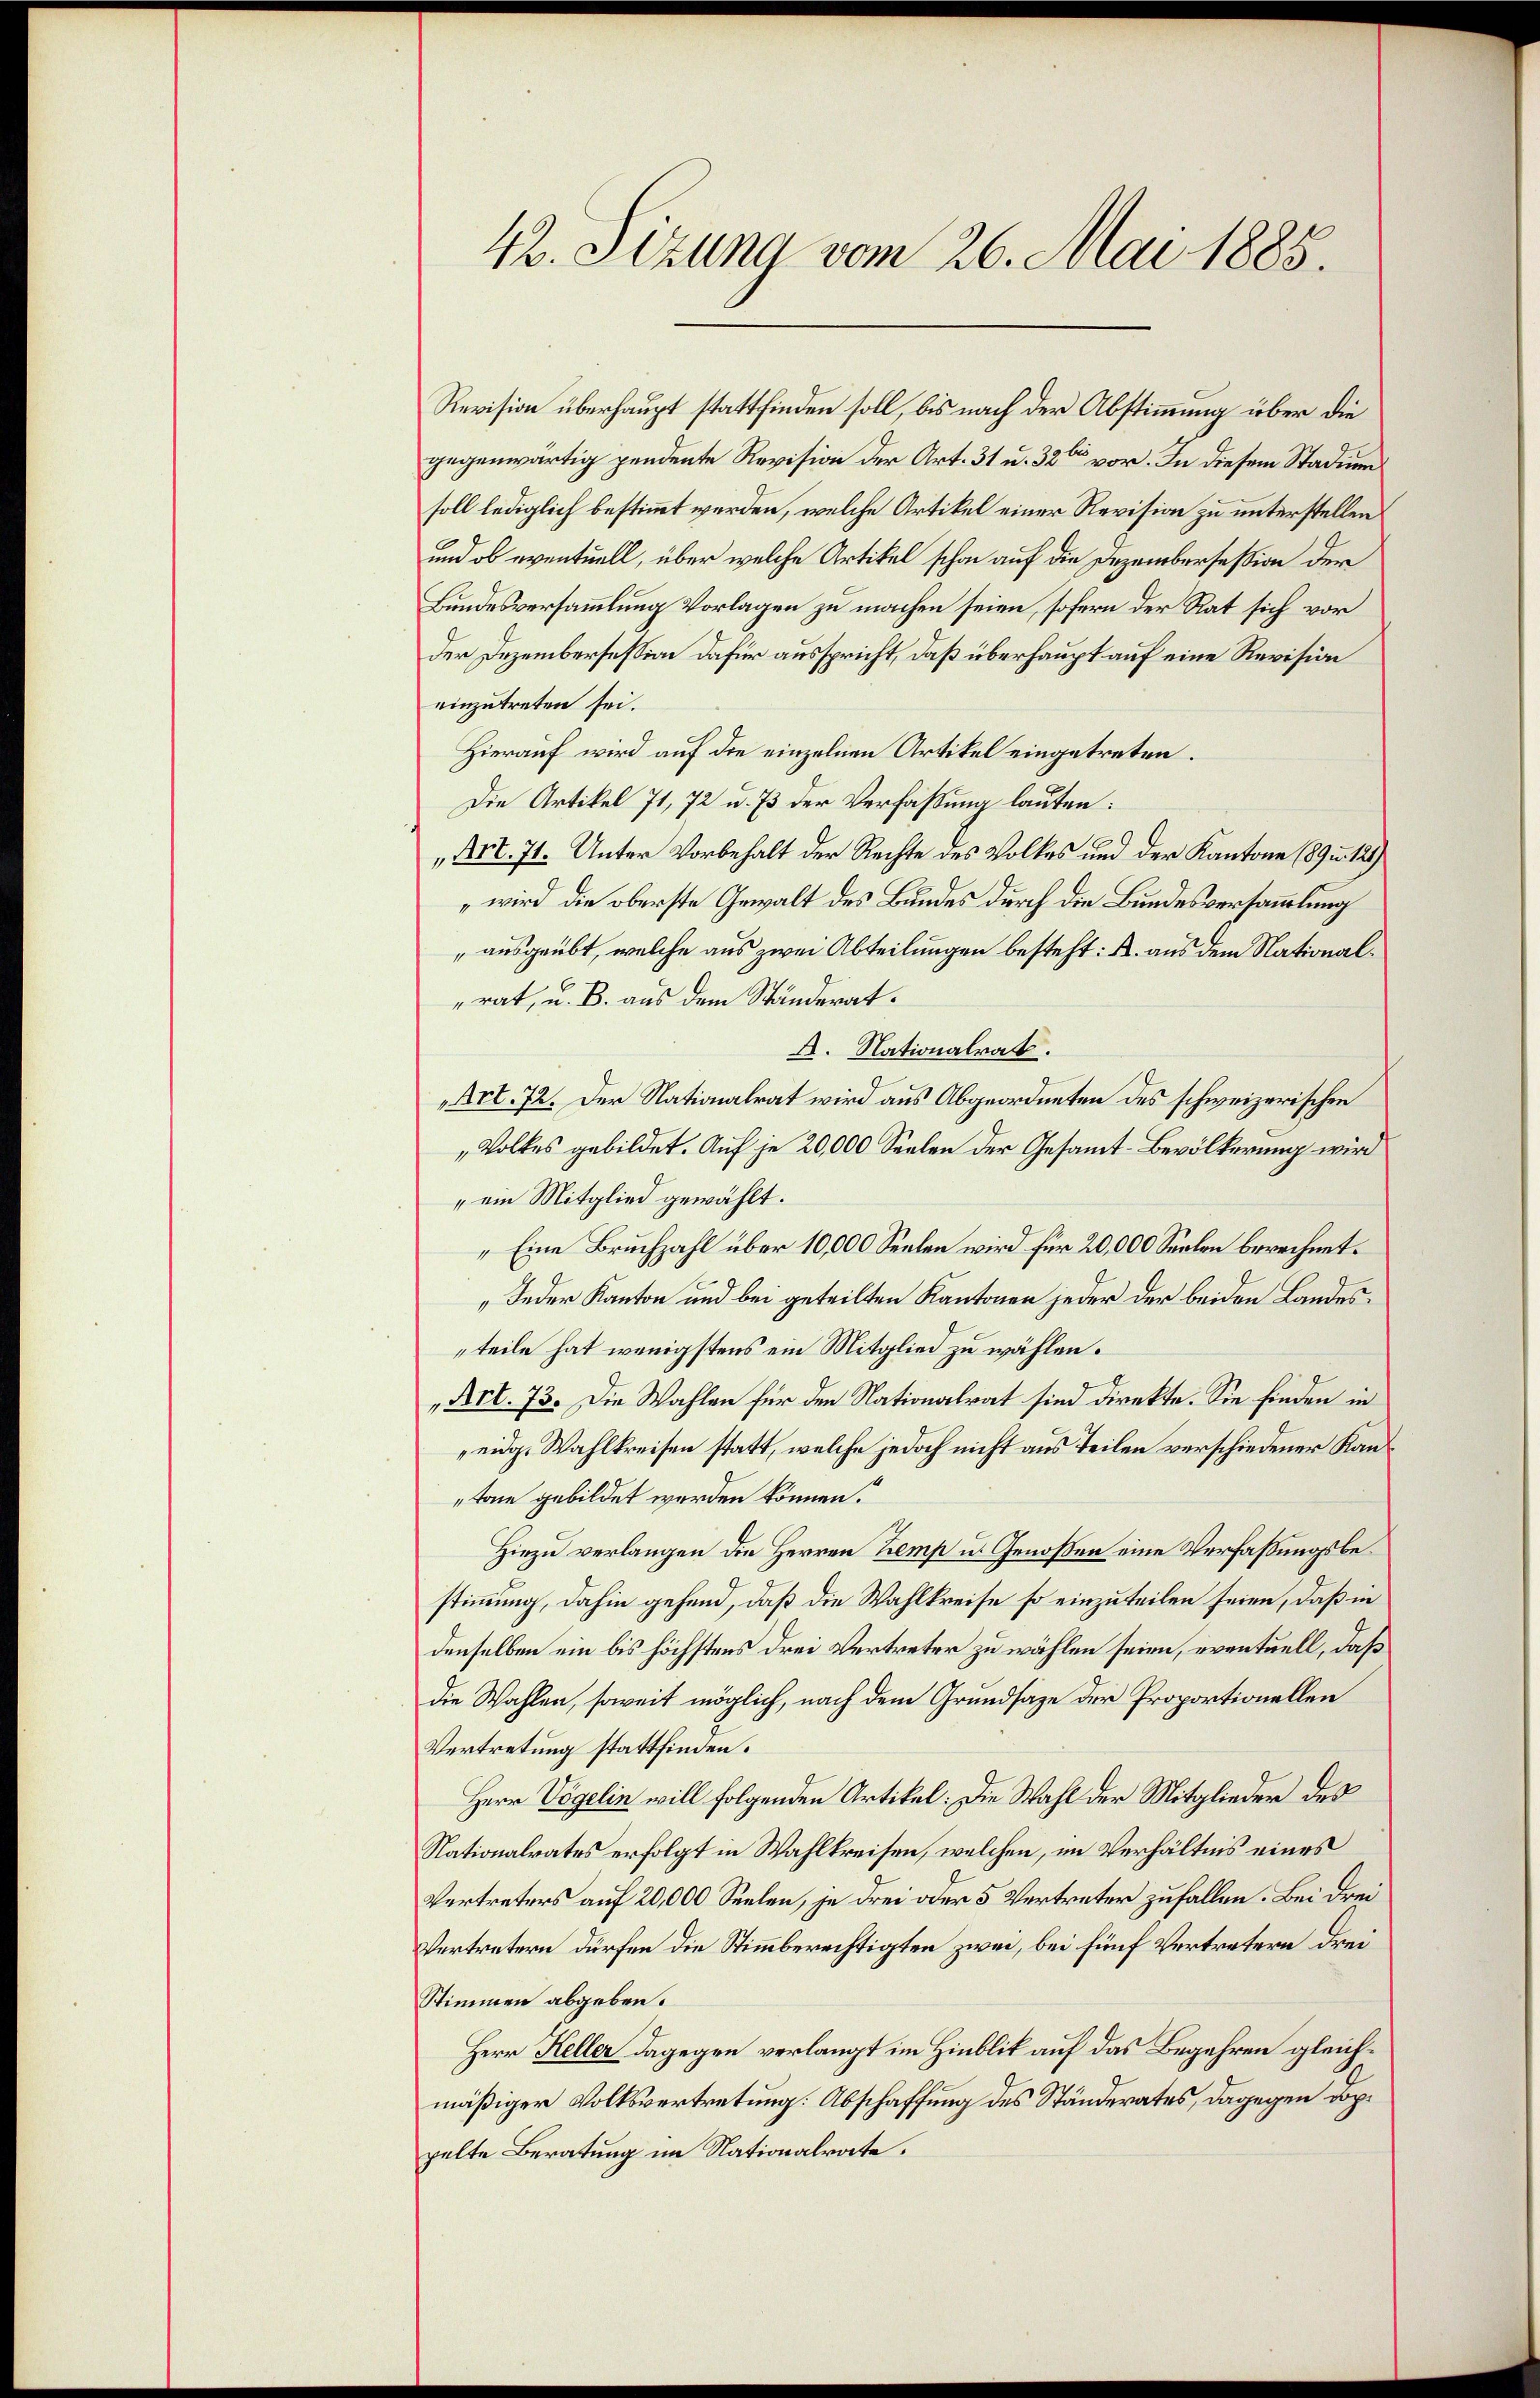
42. Sizung vom 26. Mai 1885.

Revision überhaupt stattfinden soll, bis nach der Abstimmung über die
gegenwärtig pendente Revision der Art. 31 u. 326 vor. In diesem Stadiensoll lediglich bestimmt werden, welche Artikel einer Revision zu unterstellen
und ob eventuell, über welche Artikel schon auf die Dezembersession der
Bundesversammlung Vorlagen zu machen seien, sofern der Rat sich vor
der Dezembersession dafür ausspricht, daß überhaupt auf eine Revision
einzutreten sei.
Hierauf wird auf die einzelnen Artikel eingetreten.
Die Artikel 71, 72 u. 73 der Verfassung lauten:
„Art. 71. Unter Vorbehalt der Rechte des Volkes und der Kantone 189 u. 121)
wird die oberste Gewalt des Bundes durch die Bundesversammlung
„ausgeübt, welche aus zwei Abteilungen besteht: A. aus dem Nationalrat, u. B. aus dem Ständerat.
A. Nationalrat.
Art. 72. Der Nationalrat wird aus Abgeordneten des schweizerischen
„Volkes gebildet. Auf je 20,000 Seelen der Gesammt-Bevölkerung wird
"ein Mitglied gewählt.
„Eine Bruchzahl über 10,000 Seelen wird für 20,000 Seelon berechnet.
„Jeder Kanton und bei geteilten Kantonen jeder der beiden Landesteile hat wenigstens ein Mitglied zu wählen.
„Art. 73. Die Wahlen für den Nationalrat sind direkte. Sie finden in
eidg. Wahlkreisen statt, welche jedoch nicht aus Teilen verschiedener Kantone gebildet werden können.
Hiezu verlangen die Herren Zemp u. Genoßen eine Verfaßungsbestimmung, dahin gehend, daß die Wahlkreise so einzuteilen seien, daß in
denselben ein bis höchstens drei Vertreter zu wählen seien, eventuell, daß
die Wahlen, soweit möglich, nach dem Grundsaze der Proportionellen
Vertretung stattfinden.
Herr Vögelin will folgenden Artikel: Die Wahl der Mitglieder des
Nationalrates erfolgt in Wahlkreisen, welchen, im Verhältnis eines
Vertreters auf 20,000 Seelen, je drei oder 5 Vertreter zufallen. Bei drei
Vertretern dürfen die Stimmberechtigten zwei, bei fünf Vertretern drei
Stimmen abgeben.
Herr Keller dagegen verlangt im Hinblik auf das Begehren gleichmäßiger Volksvertretung. Abschaffung des Ständerates, dagegen doppelte Beratung im Nationalrate.